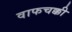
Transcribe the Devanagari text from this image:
वाफचक्की